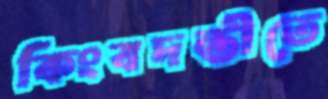
কিংবদন্তীতে